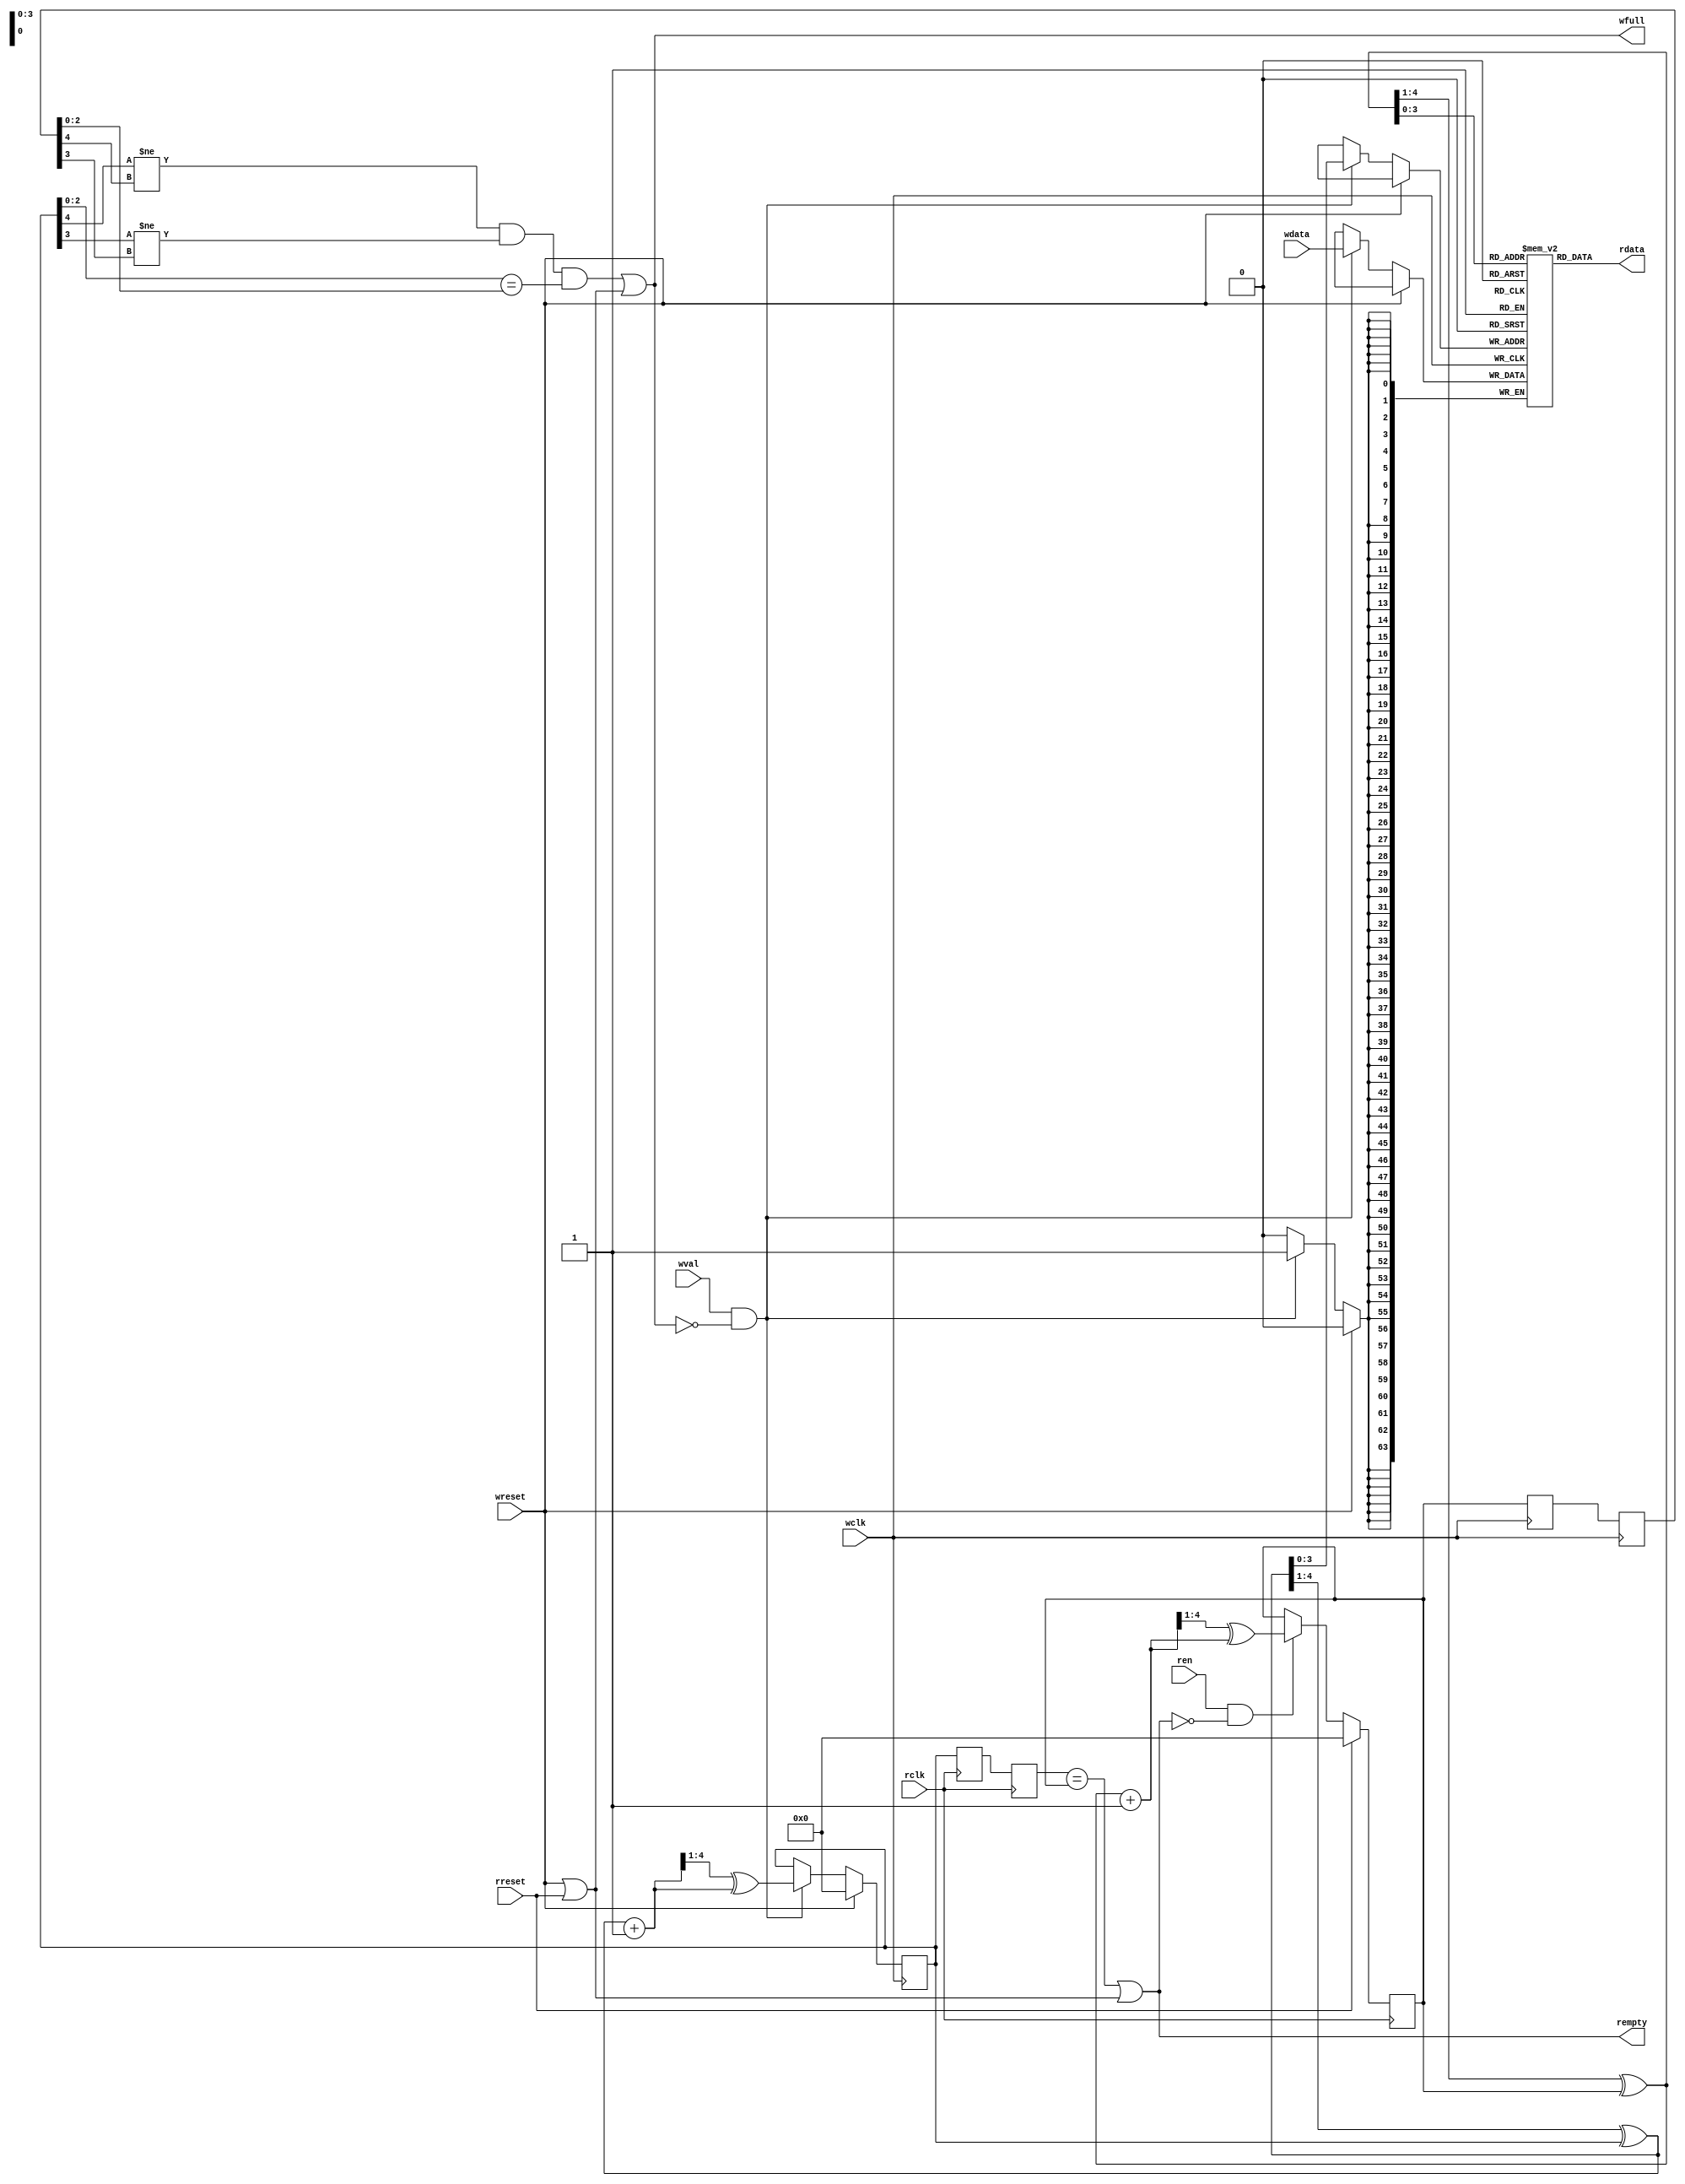
/*
Copyright (c) 2015 Princeton University
All rights reserved.

Redistribution and use in source and binary forms, with or without
modification, are permitted provided that the following conditions are met:
    * Redistributions of source code must retain the above copyright
      notice, this list of conditions and the following disclaimer.
    * Redistributions in binary form must reproduce the above copyright
      notice, this list of conditions and the following disclaimer in the
      documentation and/or other materials provided with the distribution.
    * Neither the name of Princeton University nor the
      names of its contributors may be used to endorse or promote products
      derived from this software without specific prior written permission.

THIS SOFTWARE IS PROVIDED BY PRINCETON UNIVERSITY "AS IS" AND
ANY EXPRESS OR IMPLIED WARRANTIES, INCLUDING, BUT NOT LIMITED TO, THE IMPLIED
WARRANTIES OF MERCHANTABILITY AND FITNESS FOR A PARTICULAR PURPOSE ARE
DISCLAIMED. IN NO EVENT SHALL PRINCETON UNIVERSITY BE LIABLE FOR ANY
DIRECT, INDIRECT, INCIDENTAL, SPECIAL, EXEMPLARY, OR CONSEQUENTIAL DAMAGES
(INCLUDING, BUT NOT LIMITED TO, PROCUREMENT OF SUBSTITUTE GOODS OR SERVICES;
LOSS OF USE, DATA, OR PROFITS; OR BUSINESS INTERRUPTION) HOWEVER CAUSED AND
ON ANY THEORY OF LIABILITY, WHETHER IN CONTRACT, STRICT LIABILITY, OR TORT
(INCLUDING NEGLIGENCE OR OTHERWISE) ARISING IN ANY WAY OUT OF THE USE OF THIS
SOFTWARE, EVEN IF ADVISED OF THE POSSIBILITY OF SUCH DAMAGE.
*/

/********************************************************************
 * 
 * Module encapsulates an asynchronus FIFO used for bridging signals
 * across clock domains, parameters allow for different sized modules
 * compatible with wide range of frequencies.
 *
 * * *******************************************************************/



module async_fifo 
#(
	parameter DSIZE = 64,
	parameter ASIZE = 5,
	parameter MEMSIZE = 16 // should be 2 ^ (ASIZE-1)
)
(
	rdata, 
	rempty,
	rclk,
	ren,
	wdata,
	wfull,
	wclk,
	wval,
	wreset,
	rreset
	);

//Inputs and Outputs
output  [DSIZE-1:0] 	rdata;
output			rempty;
output 			wfull;
input	[DSIZE-1:0]	wdata;
input			wval;
input			ren;
input			rclk;
input			wclk;
input 			wreset;
input			rreset;

//Internal Registers
reg	[ASIZE-1:0]	g_wptr;
reg	[ASIZE-1:0]	g_rptr;

reg	[ASIZE-1:0]	g_rsync1, g_rsync2;
reg	[ASIZE-1:0]	g_wsync1, g_wsync2;

//Memory
reg	[DSIZE-1:0] 	fifo[MEMSIZE-1:0];

wire [ASIZE-1:0] b_wptr;
wire [ASIZE-1:0] b_wptr_next;
wire [ASIZE-1:0] g_wptr_next;
wire [ASIZE-1:0] b_rptr;
wire [ASIZE-1:0] b_rptr_next;
wire [ASIZE-1:0] g_rptr_next;

/********************************************************************
COMBINATIONAL LOGIC
********************************************************************/

//convert gray to binary
assign b_wptr[ASIZE-1:0] = ({1'b0, b_wptr[ASIZE-1:1]} ^ g_wptr[ASIZE-1:0]);
assign b_rptr[ASIZE-1:0] = ({1'b0, b_rptr[ASIZE-1:1]} ^ g_rptr[ASIZE-1:0]);

//increment
assign b_wptr_next = b_wptr + 1;
assign b_rptr_next = b_rptr + 1;

//convert binary to gray
assign g_wptr_next[ASIZE-1:0] = {1'b0, b_wptr_next[ASIZE-1:1]} ^ b_wptr_next[ASIZE-1:0];
assign g_rptr_next[ASIZE-1:0] = {1'b0, b_rptr_next[ASIZE-1:1]} ^ b_rptr_next[ASIZE-1:0];

//full and empty signals
assign wfull =  (g_wptr[ASIZE-1]   != g_rsync2[ASIZE-1]  ) && 
		(g_wptr[ASIZE-2]   != g_rsync2[ASIZE-2]  ) &&
		(g_wptr[ASIZE-3:0] == g_rsync2[ASIZE-3:0]) ||
		(wreset || rreset);

assign rempty =  (g_wsync2[ASIZE-1:0] == g_rptr[ASIZE-1:0]) ||
	         (wreset || rreset);

//output values
assign rdata = fifo[b_rptr[ASIZE-2:0]];

/********************************************************************
SEQUENTIAL LOGIC
********************************************************************/

//transfer register values
always @(posedge rclk) begin
	if (rreset) begin
		g_rptr <= 0;
	end
	else if (ren && !rempty) begin
		g_rptr <= g_rptr_next;
	end

	g_wsync1 <= g_wptr;
	g_wsync2 <= g_wsync1;
end

always @(posedge wclk) begin
	if (wreset) begin
		g_wptr <= 0;
	end
	else if (wval && !wfull) begin
		fifo[b_wptr[ASIZE-2:0]] <= wdata;
		g_wptr <= g_wptr_next;
	end

	g_rsync1 <= g_rptr;
	g_rsync2 <= g_rsync1;

	
end

endmodule
// Copyright (c) 2015 Princeton University
// All rights reserved.
// 
// Redistribution and use in source and binary forms, with or without
// modification, are permitted provided that the following conditions are met:
//     * Redistributions of source code must retain the above copyright
//       notice, this list of conditions and the following disclaimer.
//     * Redistributions in binary form must reproduce the above copyright
//       notice, this list of conditions and the following disclaimer in the
//       documentation and/or other materials provided with the distribution.
//     * Neither the name of Princeton University nor the
//       names of its contributors may be used to endorse or promote products
//       derived from this software without specific prior written permission.
// 
// THIS SOFTWARE IS PROVIDED BY PRINCETON UNIVERSITY "AS IS" AND
// ANY EXPRESS OR IMPLIED WARRANTIES, INCLUDING, BUT NOT LIMITED TO, THE IMPLIED
// WARRANTIES OF MERCHANTABILITY AND FITNESS FOR A PARTICULAR PURPOSE ARE
// DISCLAIMED. IN NO EVENT SHALL PRINCETON UNIVERSITY BE LIABLE FOR ANY
// DIRECT, INDIRECT, INCIDENTAL, SPECIAL, EXEMPLARY, OR CONSEQUENTIAL DAMAGES
// (INCLUDING, BUT NOT LIMITED TO, PROCUREMENT OF SUBSTITUTE GOODS OR SERVICES;
// LOSS OF USE, DATA, OR PROFITS; OR BUSINESS INTERRUPTION) HOWEVER CAUSED AND
// ON ANY THEORY OF LIABILITY, WHETHER IN CONTRACT, STRICT LIABILITY, OR TORT
// (INCLUDING NEGLIGENCE OR OTHERWISE) ARISING IN ANY WAY OUT OF THE USE OF THIS
// SOFTWARE, EVEN IF ADVISED OF THE POSSIBILITY OF SUCH DAMAGE.

// Description: A simple wrapper to infer Xilinx BRAMs for SRAMs, modified to be synthesizable

module bram_1r1w_wrapper 
#(parameter NAME="", DEPTH=1, ADDR_WIDTH=1, BITMASK_WIDTH=1, DATA_WIDTH=1)
(
  input wire MEMCLK,
  input wire RESET_N,
  input wire CEA,
  input wire [ADDR_WIDTH-1:0] AA,
  input wire [ADDR_WIDTH-1:0] AB,

  input wire RDWENA,
  input wire CEB,
  input wire RDWENB,
  input wire [DATA_WIDTH-1:0] BWA,
  input wire [DATA_WIDTH-1:0] DINA,
  output reg [DATA_WIDTH-1:0] DOUTA,
  input wire [DATA_WIDTH-1:0] BWB,
  input wire [DATA_WIDTH-1:0] DINB,
  output wire [DATA_WIDTH-1:0] DOUTB
  // input wire [`BIST_OP_WIDTH-1:0] BIST_COMMAND,
  // input wire [`SRAM_WRAPPER_BUS_WIDTH-1:0] BIST_DIN,
  // output reg [`SRAM_WRAPPER_BUS_WIDTH-1:0] BIST_DOUT,
  // input wire [`BIST_ID_WIDTH-1:0] SRAMID
);

wire                            write_enable_in;
wire                            read_enable_in;

// Temporary storage for write data
reg                             write_enable_in_reg;
reg   [ADDR_WIDTH-1:0    ]      WRITE_ADDRESS_REG;
reg   [ADDR_WIDTH-1:0    ]      WRITE_ADDRESS_REG_muxed;
reg   [BITMASK_WIDTH-1:0 ]      WRITE_BIT_MASK_REG;
reg   [DATA_WIDTH-1:0    ]      DIN_r;
// reg   [DATA_WIDTH-1:0    ]      DOUTB_r;

reg                             read_enable_in_reg;

reg   [DATA_WIDTH-1:0    ]      bram_data_in_r;

wire                            bram_write_en;
reg                            bram_write_en_muxed;
wire                            bram_read_en;
wire                            bram_write_read_en;
reg  [DATA_WIDTH-1:0    ]      bram_data_write_read_out_reg;
reg  [DATA_WIDTH-1:0    ]      bram_data_read_out_reg;
reg  [DATA_WIDTH-1:0    ]      bram_data_in;
reg  [DATA_WIDTH-1:0    ]      bram_data_in_muxed;
wire  [DATA_WIDTH-1:0    ]      last_wrote_data;
wire                            rw_conflict;
reg                             rw_conflict_r;
wire                            ww_conflict;
reg                             ww_conflict_r;

/* renaming signals */
assign read_enable_in    = CEA & (RDWENA == 1'b1);
assign write_enable_in   = CEB & (RDWENB == 1'b0);
wire [ADDR_WIDTH-1:0    ] READ_ADDRESS = AA;
wire [ADDR_WIDTH-1:0    ] WRITE_ADDRESS = AB;
wire [BITMASK_WIDTH-1:0    ] WRITE_BIT_MASK = BWB;

// Intermediate logic for write processing
always @(posedge MEMCLK) begin
  write_enable_in_reg <= write_enable_in;
  WRITE_ADDRESS_REG   <= WRITE_ADDRESS;
  WRITE_BIT_MASK_REG  <= WRITE_BIT_MASK;
  DIN_r <= DINB;
  read_enable_in_reg  <= read_enable_in;
  bram_data_in_r <= bram_data_in;
  rw_conflict_r  <= rw_conflict;
  ww_conflict_r  <= ww_conflict;
  // DOUTB_r  <= DOUTB;
end

// determining read-write and write-write conflict for data bypassing
assign rw_conflict      = write_enable_in_reg & read_enable_in & (WRITE_ADDRESS_REG == READ_ADDRESS);
assign ww_conflict      = write_enable_in_reg & write_enable_in & (WRITE_ADDRESS_REG == WRITE_ADDRESS);
assign DOUTB = {DATA_WIDTH{1'bx}}; // port B is always used for write

// calculate the correct read and write data after accoutning for conflicts
always @ * begin
  bram_data_in = (DIN_r & WRITE_BIT_MASK_REG);
  if (ww_conflict_r)
    bram_data_in = bram_data_in | (bram_data_in_r & ~WRITE_BIT_MASK_REG);
  else
    bram_data_in = bram_data_in | (bram_data_write_read_out_reg & ~WRITE_BIT_MASK_REG);
  

  // note: DOUT retains value if read enable is not asserted
  // which is why default value is not set for DOUT
  if (read_enable_in_reg) begin
    DOUTA = bram_data_read_out_reg; 
    if (rw_conflict_r) begin
      DOUTA = bram_data_in_r;
    end
  end
end

// synthesizable BRAM
assign bram_write_en      = write_enable_in_reg;
assign bram_read_en         = (read_enable_in) & ~rw_conflict;             // do not read in case of a conflict
assign bram_write_read_en         = (write_enable_in) & ~ww_conflict;             // do not read in case of a conflict

reg [DATA_WIDTH-1:0] ram [DEPTH-1:0];
// reg [%d-1:0] bram_data_write_read_out_reg;
always @(posedge MEMCLK) begin
  if (bram_write_en_muxed) begin
    ram[WRITE_ADDRESS_REG_muxed] <= bram_data_in_muxed;
  end
  if (bram_read_en) begin
    bram_data_read_out_reg <= ram[READ_ADDRESS];
  end
  if (bram_write_read_en) begin
    bram_data_write_read_out_reg <= ram[WRITE_ADDRESS];
  end
end
// END BRAM


/* BIST logic for resetting RAM content to 0s on reset*/
localparam INIT_STATE = 1'd0;
localparam DONE_STATE  = 1'd1;

reg [ADDR_WIDTH-1:0] bist_index;
reg [ADDR_WIDTH-1:0] bist_index_next;
reg init_done;
reg init_done_next;

always @ (posedge MEMCLK)
begin
   if (!RESET_N)
   begin
      bist_index <= 0;
      init_done <= 0;
   end
   else
   begin
      bist_index <= bist_index_next;
      init_done <= init_done_next;
   end
end

always @ *
begin
   bist_index_next = init_done ? bist_index : bist_index + 1;
   init_done_next = ((|(~bist_index)) == 0) | init_done;
end

// MUX for BIST
always @ *
begin
   if (!init_done)
   begin
      WRITE_ADDRESS_REG_muxed = bist_index;
      bram_write_en_muxed = 1'b1;
      bram_data_in_muxed = {DATA_WIDTH{1'b0}};
   end
   else
   begin
      WRITE_ADDRESS_REG_muxed = WRITE_ADDRESS_REG;
      bram_write_en_muxed = bram_write_en;
      bram_data_in_muxed = bram_data_in;
   end
end


endmodule
// Copyright (c) 2015 Princeton University
// All rights reserved.
// 
// Redistribution and use in source and binary forms, with or without
// modification, are permitted provided that the following conditions are met:
//     * Redistributions of source code must retain the above copyright
//       notice, this list of conditions and the following disclaimer.
//     * Redistributions in binary form must reproduce the above copyright
//       notice, this list of conditions and the following disclaimer in the
//       documentation and/or other materials provided with the distribution.
//     * Neither the name of Princeton University nor the
//       names of its contributors may be used to endorse or promote products
//       derived from this software without specific prior written permission.
// 
// THIS SOFTWARE IS PROVIDED BY PRINCETON UNIVERSITY "AS IS" AND
// ANY EXPRESS OR IMPLIED WARRANTIES, INCLUDING, BUT NOT LIMITED TO, THE IMPLIED
// WARRANTIES OF MERCHANTABILITY AND FITNESS FOR A PARTICULAR PURPOSE ARE
// DISCLAIMED. IN NO EVENT SHALL PRINCETON UNIVERSITY BE LIABLE FOR ANY
// DIRECT, INDIRECT, INCIDENTAL, SPECIAL, EXEMPLARY, OR CONSEQUENTIAL DAMAGES
// (INCLUDING, BUT NOT LIMITED TO, PROCUREMENT OF SUBSTITUTE GOODS OR SERVICES;
// LOSS OF USE, DATA, OR PROFITS; OR BUSINESS INTERRUPTION) HOWEVER CAUSED AND
// ON ANY THEORY OF LIABILITY, WHETHER IN CONTRACT, STRICT LIABILITY, OR TORT
// (INCLUDING NEGLIGENCE OR OTHERWISE) ARISING IN ANY WAY OUT OF THE USE OF THIS
// SOFTWARE, EVEN IF ADVISED OF THE POSSIBILITY OF SUCH DAMAGE.

// Description: A simple wrapper to infer Xilinx BRAMs for SRAMs

module bram_1rw_wrapper 
#(parameter NAME="", DEPTH=1, ADDR_WIDTH=1, BITMASK_WIDTH=1, DATA_WIDTH=1)
(
    input                         MEMCLK,
    input wire RESET_N,
    input                         CE,
    input   [ADDR_WIDTH-1:0]      A,
    input                         RDWEN,
    input   [BITMASK_WIDTH-1:0]   BW,
    input   [DATA_WIDTH-1:0]      DIN,
    output  [DATA_WIDTH-1:0]      DOUT
);

wire                            write_en;
wire                            read_en;

// Temporary storage for write data
reg                             wen_r;
reg   [ADDR_WIDTH-1:0    ]      A_r;
reg   [BITMASK_WIDTH-1:0 ]      BW_r;
reg   [DATA_WIDTH-1:0    ]      DIN_r;
reg   [DATA_WIDTH-1:0    ]      DOUT_r;

reg                             ren_r;

reg   [DATA_WIDTH-1:0    ]      bram_data_in_r;

wire                            bram_wen;
wire                            bram_ren;
reg  [DATA_WIDTH-1:0    ]      bram_data_out;
wire  [DATA_WIDTH-1:0    ]      bram_data_in;
wire  [DATA_WIDTH-1:0    ]      up_to_date_data;
wire                            rw_conflict;
reg                             rw_conflict_r;



reg   [ADDR_WIDTH-1:0    ]      WRITE_ADDRESS_REG_muxed;
reg                            bram_write_en_muxed;
reg  [DATA_WIDTH-1:0    ]      bram_data_in_muxed;

assign write_en   = CE & (RDWEN == 1'b0);
assign read_en    = CE & (RDWEN == 1'b1);


// Intermediate logic for write processing
always @(posedge MEMCLK) begin
   wen_r <= write_en;
   A_r   <= A;
   BW_r  <= BW;
   DIN_r <= DIN;
end

always @(posedge MEMCLK) begin
  ren_r  <= read_en;
end

always @(posedge MEMCLK)
   bram_data_in_r <= bram_data_in;

always @(posedge MEMCLK)
   rw_conflict_r  <= rw_conflict;

always @(posedge MEMCLK)
  DOUT_r  <= DOUT;

assign bram_data_in = (up_to_date_data & ~BW_r) | (DIN_r & BW_r);

// processing of read in case if it just in the next cycle after read to the same address
assign rw_conflict      = wen_r & CE & (A_r == A);                         // read or write to the same address
assign up_to_date_data  = rw_conflict_r ? bram_data_in_r : bram_data_out;  // delay of mem is 1 cycle
assign bram_ren         = (read_en | write_en) & ~rw_conflict;             // do not read in case of a conflict
                                                                        // to make behaviour of a memory robust
assign bram_wen      = wen_r;

assign DOUT          = ren_r ? up_to_date_data : DOUT_r;

// BRAM
reg [DATA_WIDTH-1:0] ram [DEPTH-1:0];
// reg [%d-1:0] bram_data_out;
always @(posedge MEMCLK) begin
  if (bram_write_en_muxed) begin
      ram[WRITE_ADDRESS_REG_muxed] <= bram_data_in_muxed;
  end
  if (bram_ren) begin
    bram_data_out <= ram[A];
  end
end
// END BRAM

 // undefined by default

/* BIST logic for resetting RAM content to 0s on reset*/
localparam INIT_STATE = 1'd0;
localparam DONE_STATE  = 1'd1;

reg [ADDR_WIDTH-1:0] bist_index;
reg [ADDR_WIDTH-1:0] bist_index_next;
reg init_done;
reg init_done_next;

always @ (posedge MEMCLK)
begin
   if (!RESET_N)
   begin
      bist_index <= 0;
      init_done <= 0;
   end
   else
   begin
      bist_index <= bist_index_next;
      init_done <= init_done_next;
   end
end

always @ *
begin
   bist_index_next = init_done ? bist_index : bist_index + 1;
   init_done_next = ((|(~bist_index)) == 0) | init_done;
end

// MUX for BIST
always @ *
begin
   if (!init_done)
   begin
      WRITE_ADDRESS_REG_muxed = bist_index;
      bram_write_en_muxed = 1'b1;
      bram_data_in_muxed = {DATA_WIDTH{1'b0}};
   end
   else
   begin
      WRITE_ADDRESS_REG_muxed = A_r;
      bram_write_en_muxed = bram_wen;
      bram_data_in_muxed = bram_data_in;
   end
end













endmodule
// Copyright (c) 2015 Princeton University
// All rights reserved.
//
// Redistribution and use in source and binary forms, with or without
// modification, are permitted provided that the following conditions are met:
//     * Redistributions of source code must retain the above copyright
//       notice, this list of conditions and the following disclaimer.
//     * Redistributions in binary form must reproduce the above copyright
//       notice, this list of conditions and the following disclaimer in the
//       documentation and/or other materials provided with the distribution.
//     * Neither the name of Princeton University nor the
//       names of its contributors may be used to endorse or promote products
//       derived from this software without specific prior written permission.
//
// THIS SOFTWARE IS PROVIDED BY PRINCETON UNIVERSITY "AS IS" AND
// ANY EXPRESS OR IMPLIED WARRANTIES, INCLUDING, BUT NOT LIMITED TO, THE IMPLIED
// WARRANTIES OF MERCHANTABILITY AND FITNESS FOR A PARTICULAR PURPOSE ARE
// DISCLAIMED. IN NO EVENT SHALL PRINCETON UNIVERSITY BE LIABLE FOR ANY
// DIRECT, INDIRECT, INCIDENTAL, SPECIAL, EXEMPLARY, OR CONSEQUENTIAL DAMAGES
// (INCLUDING, BUT NOT LIMITED TO, PROCUREMENT OF SUBSTITUTE GOODS OR SERVICES;
// LOSS OF USE, DATA, OR PROFITS; OR BUSINESS INTERRUPTION) HOWEVER CAUSED AND
// ON ANY THEORY OF LIABILITY, WHETHER IN CONTRACT, STRICT LIABILITY, OR TORT
// (INCLUDING NEGLIGENCE OR OTHERWISE) ARISING IN ANY WAY OUT OF THE USE OF THIS
// SOFTWARE, EVEN IF ADVISED OF THE POSSIBILITY OF SUCH DAMAGE.

//==================================================================================================
//  Revision      :
//  Company       : Princeton University
//
//  Description   :
//==================================================================================================





module synchronizer (
    clk,
    presyncdata,
    syncdata
    );

// synopsys template
parameter SIZE = 1;

input wire clk;
input wire [SIZE-1:0] presyncdata;
output reg [SIZE-1:0] syncdata;













  reg [SIZE-1:0] presyncdata_tmp;



    // bw_u1_syncff_4x u_synchronizer_syncff [SIZE-1:0](.q(presyncdata_tmp),
    //                  .so(),
    //                  .ck(clk),
    //                  .d(presyncdata),
    //                  .sd(),
    //                  .se(1'b0)
    //                  );

    // bw_u1_soff_2x u_synchronizer_ff[SIZE-1:0] (.q(syncdata),
    //                  .so(),
    //                  .ck(clk),
    //                  .d(presyncdata_tmp),
    //                  .sd(),
    //                  .se(1'b0)
    //                  );

always @ (posedge clk)
begin
    presyncdata_tmp <= presyncdata;
    syncdata        <= presyncdata_tmp;
end

endmodule

/*
Copyright (c) 2015 Princeton University
All rights reserved.
Redistribution and use in source and binary forms, with or without
modification, are permitted provided that the following conditions are met:
    * Redistributions of source code must retain the above copyright
      notice, this list of conditions and the following disclaimer.
    * Redistributions in binary form must reproduce the above copyright
      notice, this list of conditions and the following disclaimer in the
      documentation and/or other materials provided with the distribution.
    * Neither the name of Princeton University nor the
      names of its contributors may be used to endorse or promote products
      derived from this software without specific prior written permission.
THIS SOFTWARE IS PROVIDED BY PRINCETON UNIVERSITY "AS IS" AND
ANY EXPRESS OR IMPLIED WARRANTIES, INCLUDING, BUT NOT LIMITED TO, THE IMPLIED
WARRANTIES OF MERCHANTABILITY AND FITNESS FOR A PARTICULAR PURPOSE ARE
DISCLAIMED. IN NO EVENT SHALL PRINCETON UNIVERSITY BE LIABLE FOR ANY
DIRECT, INDIRECT, INCIDENTAL, SPECIAL, EXEMPLARY, OR CONSEQUENTIAL DAMAGES
(INCLUDING, BUT NOT LIMITED TO, PROCUREMENT OF SUBSTITUTE GOODS OR SERVICES;
LOSS OF USE, DATA, OR PROFITS; OR BUSINESS INTERRUPTION) HOWEVER CAUSED AND
ON ANY THEORY OF LIABILITY, WHETHER IN CONTRACT, STRICT LIABILITY, OR TORT
(INCLUDING NEGLIGENCE OR OTHERWISE) ARISING IN ANY WAY OUT OF THE USE OF THIS
SOFTWARE, EVEN IF ADVISED OF THE POSSIBILITY OF SUCH DAMAGE.
*/

/********************************************************************
 * 
 * Module encapsulates the chip to fpga receive interface for networks 
 * 1, 2 and 3. packets received are 64 bits wide, received in 2 
 * 32-bit payloads.
 *
 *******************************************************************/



`timescale 1ns/1ps

module fpga_bridge_rcv_32 (
    rst, 
    wr_clk,
    rd_clk,
    credit_rd_clk,
    bout_data_1,
    bout_val_1,
    bout_rdy_1,
    bout_data_2,
    bout_val_2,
    bout_rdy_2,
    bout_data_3,
    bout_val_3,
    bout_rdy_3,
    data_from_chip,
    data_channel,
    credit_to_chip
); 

input rst;
input wr_clk;
input rd_clk;
input credit_rd_clk;
input bout_rdy_1;
input bout_rdy_2;
input bout_rdy_3;
input [31:0] data_from_chip;
input [ 1:0] data_channel;

output [63:0]   bout_data_1;
output          bout_val_1;
output [63:0]   bout_data_2;
output          bout_val_2;
output [63:0]   bout_data_3;
output          bout_val_3;
output [2:0]    credit_to_chip;

wire sort_rdy_1;
wire sort_rdy_2;
wire sort_rdy_3;


wire [63:0] sort_data_1;
wire [63:0] sort_data_2;
wire [63:0] sort_data_3;

wire sort_val_1;
wire sort_val_2;
wire sort_val_3;

wire fifo1_full;
wire fifo2_full;
wire fifo3_full;
wire credit_fifo_full;

reg [31:0] data_from_chip_f /* synthesis iob = true */;
reg  [1:0] data_channel_f /* synthesis iob = true */;
reg [31:0] data_from_chip_ff; // Buffering these for timing
reg  [1:0] data_channel_ff; // Buffering  these for timing
reg [31:0] data_from_chip_fff; // Buffering these for timing
reg  [1:0] data_channel_fff; // Buffering  these for timing

reg [31:0] channel_buffer;
reg [0:0]  channel_buffer_count;
wire [63:0] buffered_data;
reg [1:0] buffered_channel;

reg wr_rst_f;
reg wr_rst_ff;
reg rd_rst_f;
reg rd_rst_ff;
reg credit_rd_rst_f;
reg credit_rd_rst_ff;

// assume reset is asynchronous, synchronize
always @ (posedge wr_clk)
begin
    wr_rst_f <= rst;
    wr_rst_ff <= wr_rst_f;
end

always @ (posedge rd_clk)
begin
    rd_rst_f <= rst;
    rd_rst_ff <= rd_rst_f;
end

always @ (posedge credit_rd_clk)
begin
    credit_rd_rst_f <= rst;
    credit_rd_rst_ff <= credit_rd_rst_f;
end

assign sort_data_1 = (buffered_channel == 2'b01 && buffered_channel == data_channel_fff && channel_buffer_count == 1'b1) ? buffered_data : 64'd0;
assign sort_data_2 = (buffered_channel == 2'b10 && buffered_channel == data_channel_fff && channel_buffer_count == 1'b1) ? buffered_data : 64'd0;
assign sort_data_3 = (buffered_channel == 2'b11 && buffered_channel == data_channel_fff && channel_buffer_count == 1'b1) ? buffered_data : 64'd0;


assign sort_val_1  = (buffered_channel == 2'b01 && buffered_channel == data_channel_fff && channel_buffer_count == 1'b1) ? 1'b1 : 1'b0;
assign sort_val_2  = (buffered_channel == 2'b10 && buffered_channel == data_channel_fff && channel_buffer_count == 1'b1) ? 1'b1 : 1'b0;
assign sort_val_3  = (buffered_channel == 2'b11 && buffered_channel == data_channel_fff && channel_buffer_count == 1'b1) ? 1'b1 : 1'b0;

/*********************************************************
//buffer broken up flits
*********************************************************/
assign buffered_data = {data_from_chip_fff, channel_buffer};

always @(posedge wr_clk) begin
    data_from_chip_f <= data_from_chip;
    data_from_chip_ff <= data_from_chip_f;
    data_from_chip_fff <= data_from_chip_ff;
end
always @(posedge wr_clk) begin
    if(wr_rst_ff) begin
        buffered_channel <= 2'd0;
        channel_buffer_count <= 0;
        data_channel_f <= 2'd0;
        data_channel_ff <= 2'd0;
        data_channel_fff <= 2'd0;
    end
    else begin
        if(!channel_buffer_count && data_channel_fff != 0) begin //do not store data if no channel is assigned
            channel_buffer <= data_from_chip_fff;
            buffered_channel <= data_channel_fff;
            channel_buffer_count <= channel_buffer_count + 1'b1;
        end
        else if (channel_buffer_count && buffered_channel == data_channel_fff) begin
            channel_buffer_count <= 1'b0;
            buffered_channel <= 2'b00;
        end
        data_channel_f <= data_channel;
        data_channel_ff <= data_channel_f;
        data_channel_fff <= data_channel_ff;
    end
end

//input-output fixed to 64 bits
/*********************************************************
//data FIFOs
*********************************************************/

wire          bout_val_pre1;
wire          bout_val_pre2;
wire          bout_val_pre3;
reg           bout_val_buf1;
reg           bout_val_buf2;
reg           bout_val_buf3;

//data is read out a cycle later after the rd_en signal, so the interface is differd_ent than val/rdy


wire fifo1_empty;














    async_fifo #(
    .DSIZE(64),
    .ASIZE(9),
    .MEMSIZE(256) )
    async_fifo_1(
        .rreset(rd_rst_ff),
        .wreset(wr_rst_ff),
        .wclk(wr_clk),
        .rclk(rd_clk),
        .ren(bout_rdy_1 & ~credit_fifo_full),
        .wval(sort_val_1),
        .wdata(sort_data_1),
        .rdata(bout_data_1),
        .wfull(fifo1_full), //credit system should prevent this from ever being full
        .rempty(fifo1_empty)
    );



assign bout_val_1 = ~fifo1_empty & ~credit_fifo_full;


wire fifo2_empty;














    async_fifo #(
    .DSIZE(64),
    .ASIZE(9),
    .MEMSIZE(256) )
    async_fifo_2(
        .rreset(rd_rst_ff),
        .wreset(wr_rst_ff),
        .wclk(wr_clk),
        .rclk(rd_clk),
        .ren(bout_rdy_2 & ~credit_fifo_full),
        .wval(sort_val_2),
        .wdata(sort_data_2),
        .rdata(bout_data_2),
        .wfull(fifo2_full), //credit system should prevent this from ever being full
        .rempty(fifo2_empty)
    );



assign bout_val_2 = ~fifo2_empty & ~credit_fifo_full;

wire fifo3_empty;














    async_fifo #(
    .DSIZE(64),
    .ASIZE(9),
    .MEMSIZE(256) )
    async_fifo_3(
        .rreset(rd_rst_ff),
        .wreset(wr_rst_ff),
        .wclk(wr_clk),
        .rclk(rd_clk),
        .ren(bout_rdy_3 & ~credit_fifo_full),
        .wval(sort_val_3),
        .wdata(sort_data_3),
        .rdata(bout_data_3),
        .wfull(fifo3_full), //credit system should prevent this from ever being full
        .rempty(fifo3_empty)
    );


assign bout_val_3 = ~fifo3_empty & ~credit_fifo_full;




/*********************************************************
//credit FIFO
*********************************************************/

wire [2:0] credit_gather;
wire credit_val;
wire [2:0] credit_fifo_out;

reg  [2:0] credit_to_chip_r /* synthesis iob = true */;

// mmckeown: adding two pipeline register after credit fifo valid signal for timing
reg  [2:0] credit_fifo_out_f;

//FIFO used for bridging credits between clock domains


wire credit_empty;














    async_fifo #(
    .DSIZE(3),
    .ASIZE(11),
    .MEMSIZE(1024) )
    async_credit_fifo(
        .rreset(credit_rd_rst_ff),
        .wreset(rd_rst_ff),
        .wclk(rd_clk),
        .rclk(credit_rd_clk),
        .ren(~credit_rd_rst_ff),
        .wval(~rd_rst_ff & (| credit_gather)),
        .wdata(credit_gather),
        .rdata(credit_fifo_out),
        .wfull(credit_fifo_full),   
        .rempty(credit_empty)
    );


assign credit_val = ~ credit_empty;


assign credit_to_chip = credit_to_chip_r;

assign credit_gather[0] = bout_val_1 & bout_rdy_1;
assign credit_gather[1] = bout_val_2 & bout_rdy_2;
assign credit_gather[2] = bout_val_3 & bout_rdy_3;

/****************************************************
 channel side sequential logic 
 ****************************************************/

// mmckeown: adding pipeline register after credit fifo valid signal for timing
always@(posedge credit_rd_clk) begin
   if(credit_rd_rst_ff) begin
        credit_to_chip_r <= 3'b000;
        credit_fifo_out_f <= 3'b000;
   end
   else begin
       credit_to_chip_r <= credit_fifo_out_f;
       if(credit_val) begin 
           credit_fifo_out_f <= credit_fifo_out;
       end
       else
           credit_fifo_out_f <= 3'b000;
   end 
end

endmodule